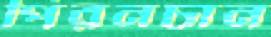
পিরনচান